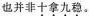
也并非十拿九稳。